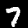
Digit: 7